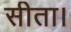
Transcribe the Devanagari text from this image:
सीता।